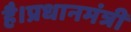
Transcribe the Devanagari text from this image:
है।प्रधानमंत्री